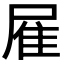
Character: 𨾈